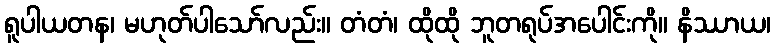
ရူပါယတန၊ မဟုတ်ပါသော်လည်း။ တံတံ၊ ထိုထို ဘူတရုပ်အပေါင်းကို။ နိဿာယ၊